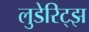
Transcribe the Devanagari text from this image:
लुडेरिट्झ